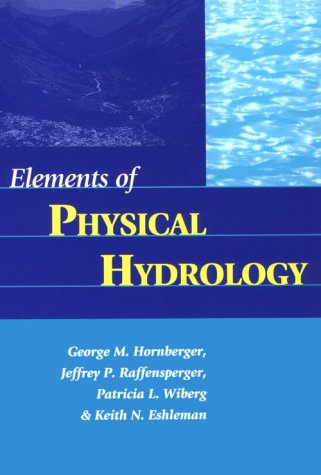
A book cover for Elements of Physical Hydrology; George M. Hornberger; Science & Math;